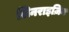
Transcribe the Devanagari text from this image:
सिनराइज़िन